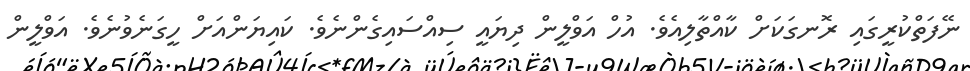
ނޭފަތްކުރީގައި ރޮނގަކަށް ކާއްތާލިއެވެ. އުހް އަވްލީން ދިޔައީ ސިއްސައިގެންނެވެ. ކައިޔަންއަށް ހީގަނެވުނެވެ. އަވްލީން